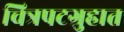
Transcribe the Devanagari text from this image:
चित्रपटग्रुहात